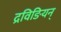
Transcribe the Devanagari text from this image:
द्रविङियन्